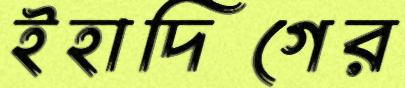
ইহাদিগের